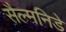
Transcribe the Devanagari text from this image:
सैल्मनिडे